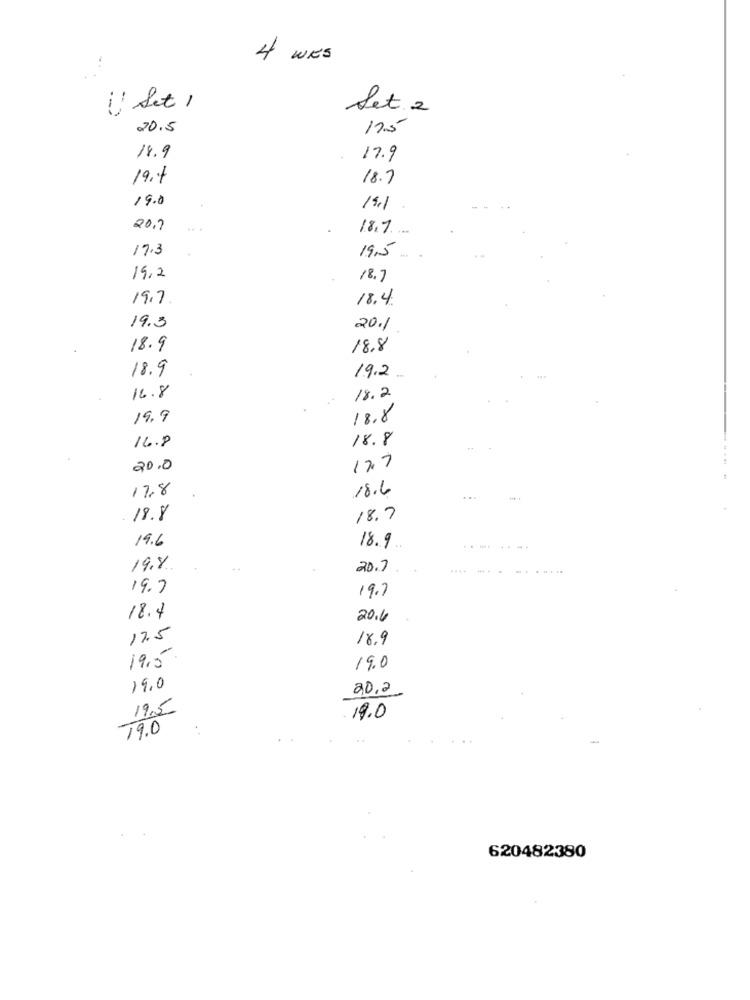
4 WES
if Set 1
Set 2
20.5
17.5
18.9
17.9
19.4
18.7
19.0
19.1
20.7
18.7
17.3
19.5.
19,2
18.7
19.7
18.4.
19.3
20.1
18.9
18.8
18.9
19.2 ..
16.8
18.2
19.9
18.8
16.8
18.8
20.0
17.7
17.8
18.6
18.8
18.7
19.6
18.9
-----
19.%
20.7
.....
....
19.7
19.7
18.4
20.4
17.5
18.9
19,5
19.0
19.0
20.2
19.5
.19.0
79.0
..
620482380